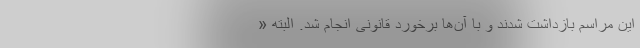
این مراسم بازداشت شدند و با آن‌ها برخورد قانونی انجام شد. البته «